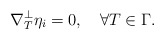
\begin{align*} \nabla^\perp_T\eta_i=0,\quad\forall T\in\Gamma.\end{align*}